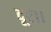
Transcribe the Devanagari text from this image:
दूर।।